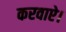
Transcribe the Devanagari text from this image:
करवाऐ।